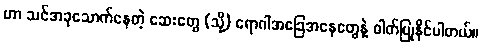
ဟာ သင်အခုသောက်နေတဲ့ ဆေးတွေ (သို့) ရောဂါအခြေအနေတွေနဲ့ ဓါတ်ပြုနိုင်ပါတယ်။